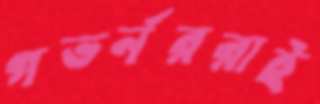
গভর্নররাই